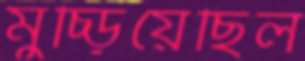
মুচ্‌ড়িয়েছিল